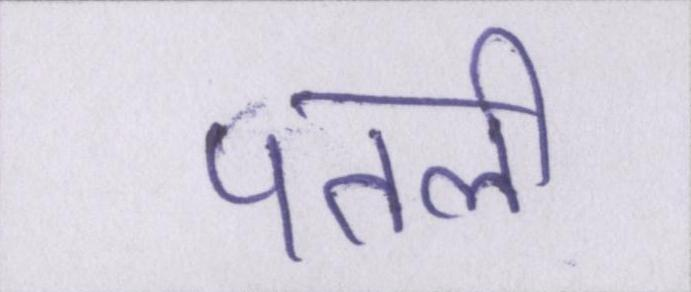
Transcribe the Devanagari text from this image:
पतली